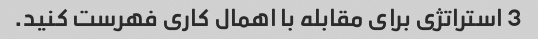
3 استراتژی برای مقابله با اهمال کاری فهرست کنید.